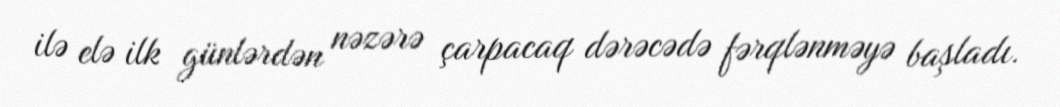
ilə elə ilk günlərdən nəzərə çarpacaq dərəcədə fərqlənməyə başladı.